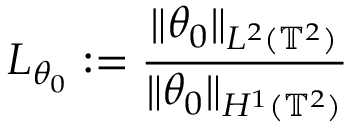
L _ { \theta _ { 0 } } : = \frac { \| \theta _ { 0 } \| _ { L ^ { 2 } ( \ensuremath { \mathbb { T } } ^ { 2 } ) } } { \| \theta _ { 0 } \| _ { H ^ { 1 } ( \ensuremath { \mathbb { T } } ^ { 2 } ) } }